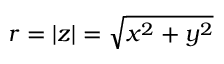
r = | z | = { \sqrt { x ^ { 2 } + y ^ { 2 } } }